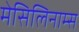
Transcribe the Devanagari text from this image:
मेसिलिनाम्स